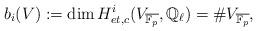
LaTeX: \begin{align*} b_i(V) := \dim H^i_{et,c}(V_{\overline{\mathbb{F}_p}}, \mathbb{Q}_\ell) = \# V_{\overline{\mathbb{F}_p}},\end{align*}